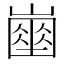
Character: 𡽔